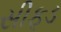
સીફૂડ